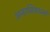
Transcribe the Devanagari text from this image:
अनामिकाभ्याँ